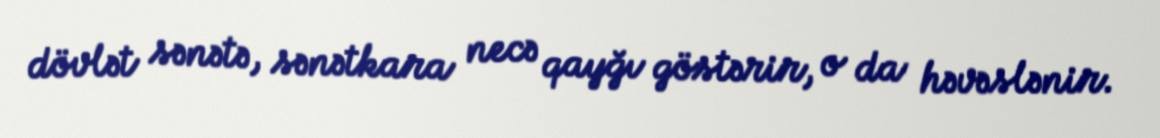
dövlət sənətə, sənətkara necə qayğı göstərir, o da həvəslənir.